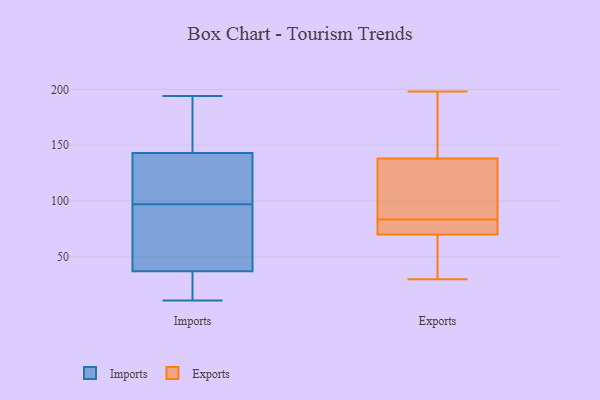
{"axis": {"x": "Bounce Rate (%)", "y": "Value"}, "legend": ["Exports", "Imports"], "data": [{"x": "", "y": 144, "type": "Imports"}, {"x": "", "y": 121, "type": "Imports"}, {"x": "", "y": 118, "type": "Imports"}, {"x": "", "y": 90, "type": "Imports"}, {"x": "", "y": 158, "type": "Imports"}, {"x": "", "y": 73, "type": "Imports"}, {"x": "", "y": 16, "type": "Imports"}, {"x": "", "y": 104, "type": "Imports"}, {"x": "", "y": 143, "type": "Imports"}, {"x": "", "y": 37, "type": "Imports"}, {"x": "", "y": 50, "type": "Imports"}, {"x": "", "y": 11, "type": "Imports"}, {"x": "", "y": 16, "type": "Imports"}, {"x": "", "y": 194, "type": "Imports"}, {"x": "", "y": 82, "type": "Exports"}, {"x": "", "y": 77, "type": "Exports"}, {"x": "", "y": 30, "type": "Exports"}, {"x": "", "y": 70, "type": "Exports"}, {"x": "", "y": 198, "type": "Exports"}, {"x": "", "y": 138, "type": "Exports"}, {"x": "", "y": 51, "type": "Exports"}, {"x": "", "y": 146, "type": "Exports"}, {"x": "", "y": 97, "type": "Exports"}, {"x": "", "y": 85, "type": "Exports"}]}